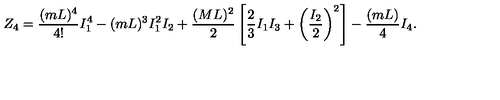
Z _ { 4 } = \frac { ( m L ) ^ { 4 } } { 4 ! } I _ { 1 } ^ { 4 } - ( m L ) ^ { 3 } I _ { 1 } ^ { 2 } I _ { 2 } + \frac { ( M L ) ^ { 2 } } { 2 } \left[ \frac { 2 } { 3 } I _ { 1 } I _ { 3 } + \left( \frac { I _ { 2 } } { 2 } \right) ^ { 2 } \right] - \frac { ( m L ) } { 4 } I _ { 4 } .